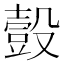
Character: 𧯸